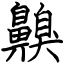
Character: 齅